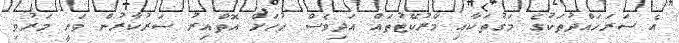
އެ ސަރަހައްދުތަކުގެ މަގުތަކާއި މާރުކޭޓުތައް އަދިވެސް ހުހަށް އޮތްއިރު ސަރުކާރުން ވަނީ މަރުވި